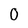
Character: 0